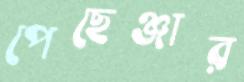
পেছেঞ্জার